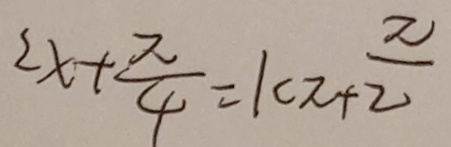
2 x + \frac { \pi } { 4 } = k \pi + \frac { \pi } { 2 }